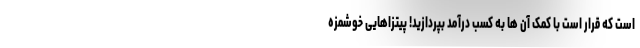
است که قرار است با کمک آن ها به کسب درآمد بپردازید! پیتزاهایی خوشمزه